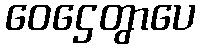
ဝေဌေတွာပေ